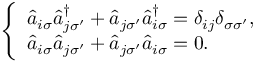
\begin{array} { r } { \left\{ \begin{array} { l l } { \hat { a } _ { i \sigma } \hat { a } _ { j \sigma ^ { \prime } } ^ { \dagger } + \hat { a } _ { j \sigma ^ { \prime } } \hat { a } _ { i \sigma } ^ { \dagger } = \delta _ { i j } \delta _ { \sigma { \sigma } ^ { \prime } } , } \\ { \hat { a } _ { i \sigma } \hat { a } _ { j \sigma ^ { \prime } } + \hat { a } _ { j \sigma ^ { \prime } } \hat { a } _ { i \sigma } = 0 . } \end{array} \right. } \end{array}